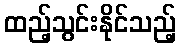
ထည့်သွင်းနိုင်သည့်